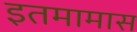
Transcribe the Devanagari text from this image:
इतमामास